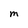
Character: M